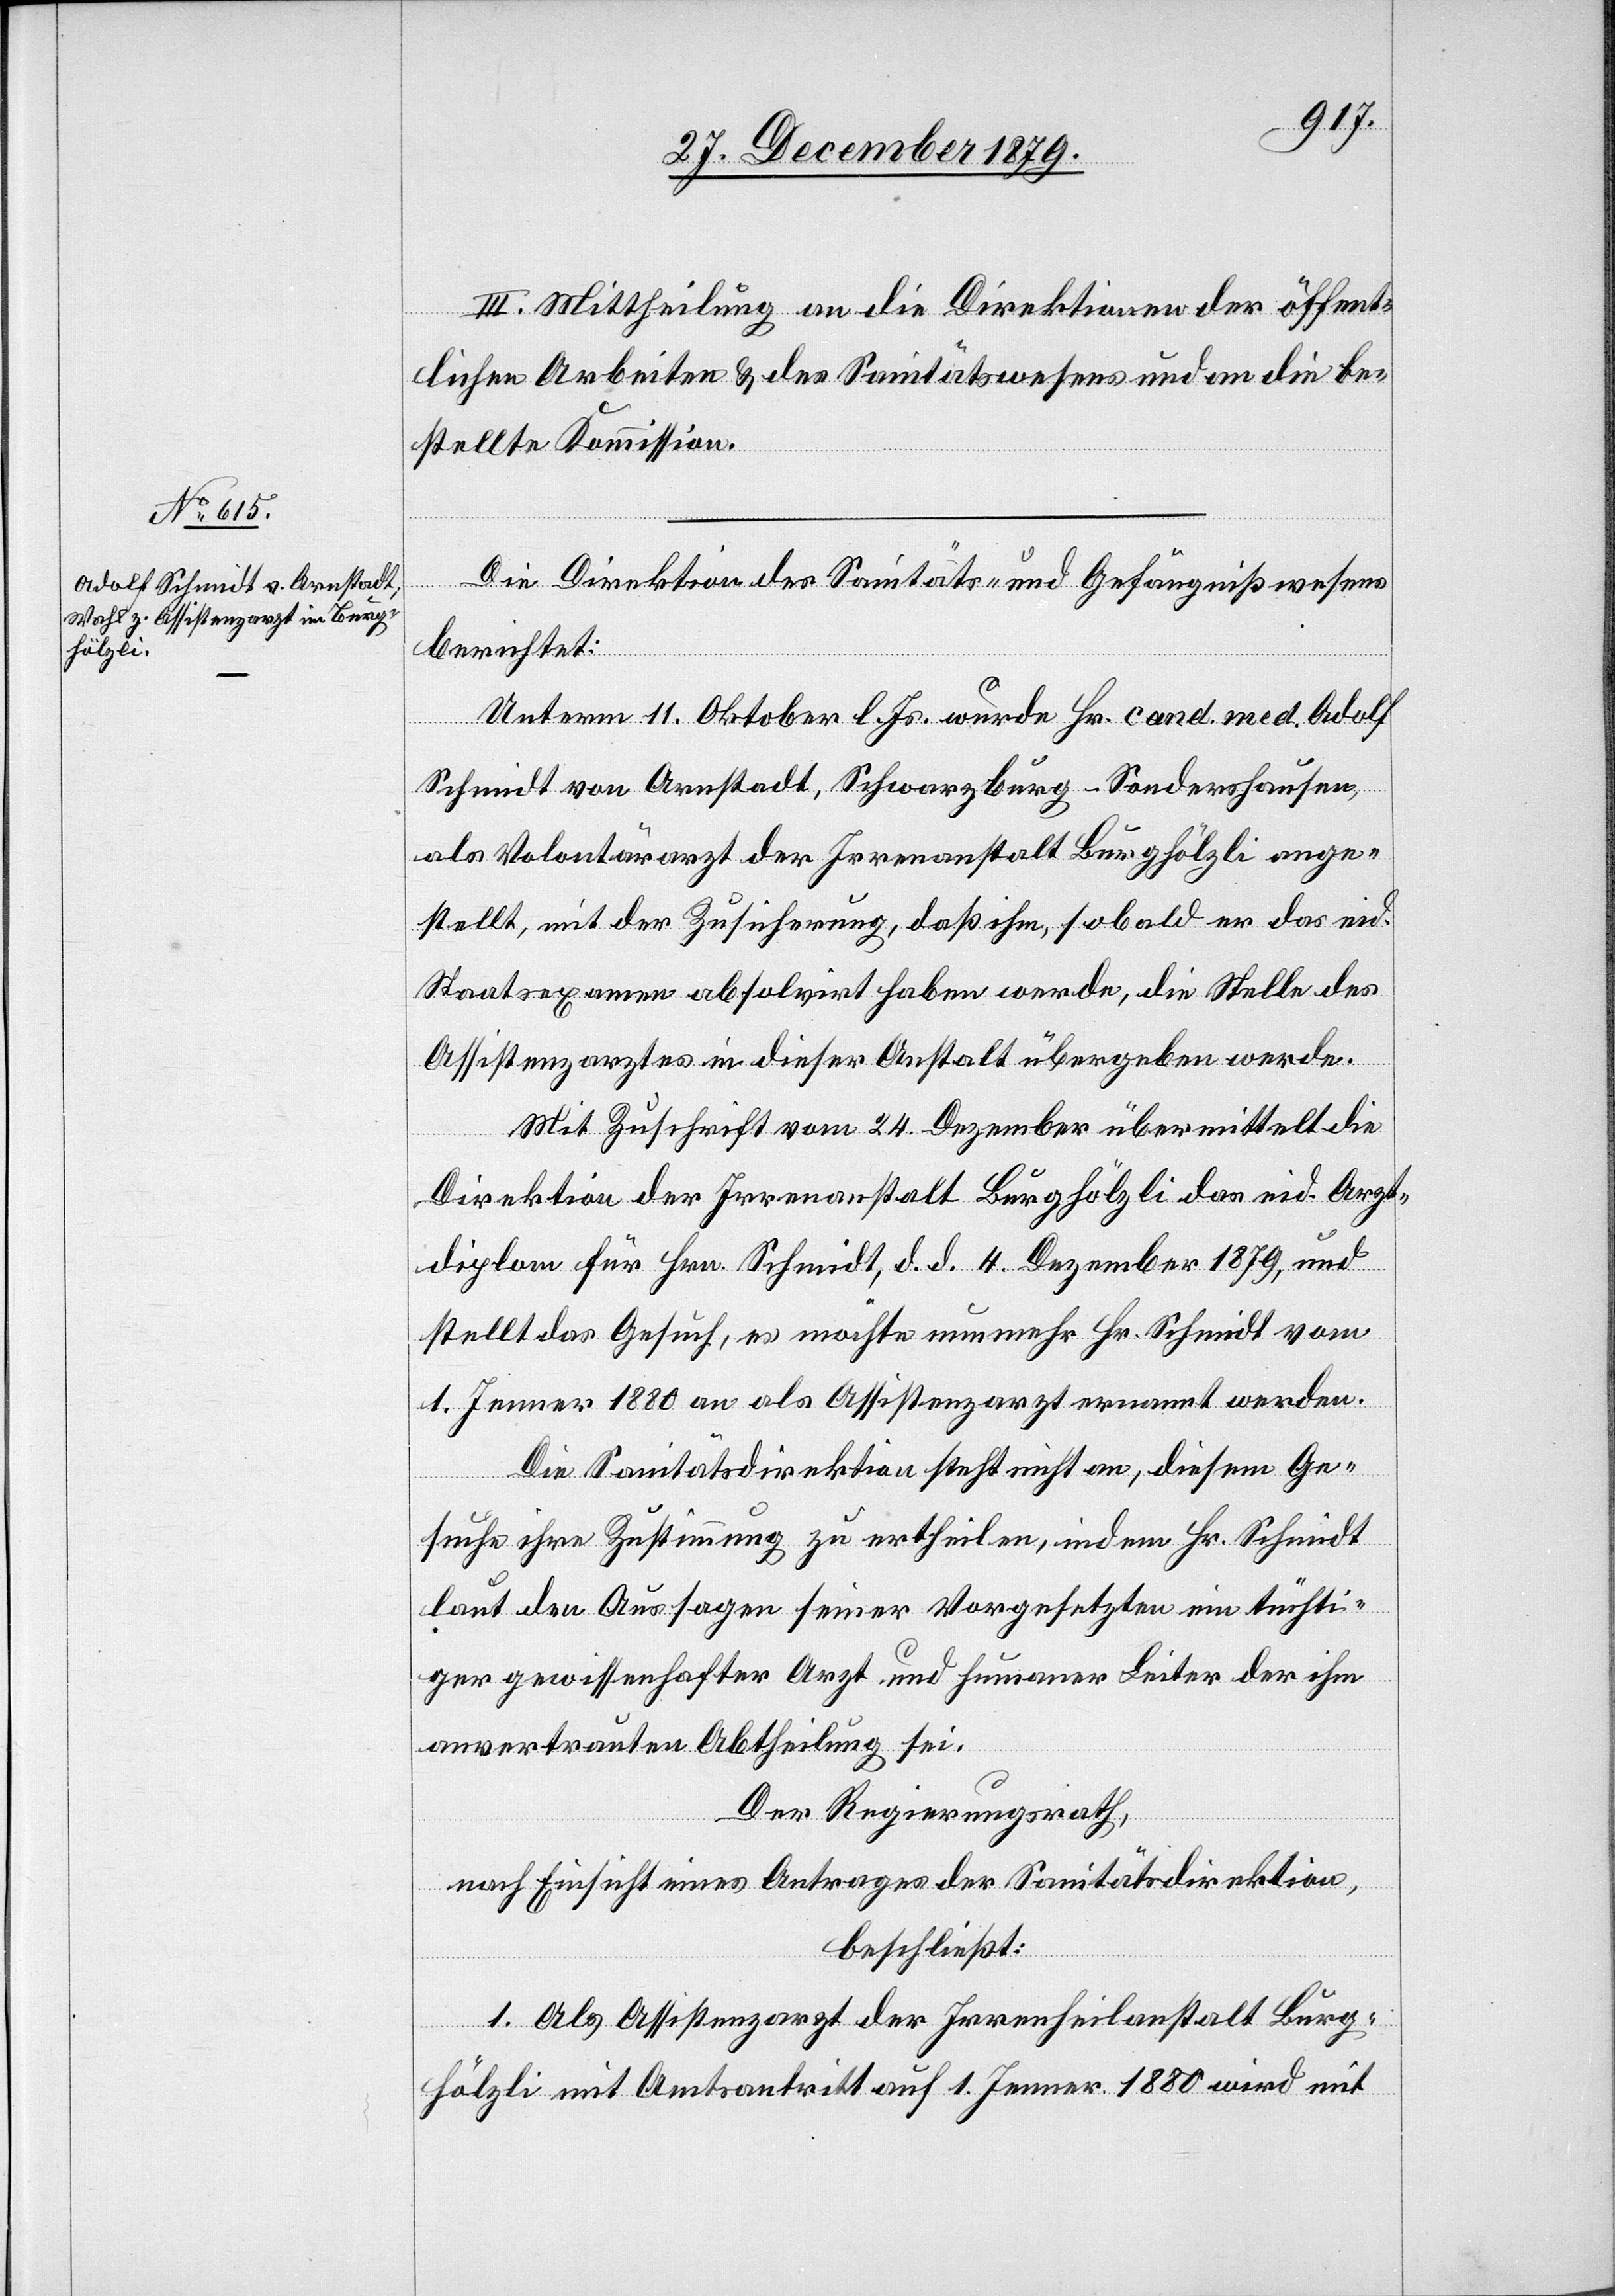
III. Mittheilung an die Direktionen der öffent¬
lichen Arbeiten & des Sanitätswesens und an die be¬
stellte Kommission.
Die Direktion des Sanitäts- und Gefängnißwesens
berichtet:
Unterm 11. Oktober l. Js. wurde Hr. cand. med. Adolf
Schmidt von Arnstadt, Schwarzburg - Sondershausen,
als Volontärarzt der Irrenheilanstalt Burghölzli ange¬
stellt, mit der Zusicherung, daß ihm, sobald er das eid.
Staatsexamen absolvirt haben werde, die Stelle des
Assistenzarztes in dieser Anstalt übergeben werde.
Mit Zuschrift vom 24. Dezember übermittelt die
Direktion der Irrenheilanstalt Burghölzli das eid. Arzt¬
diplom für Hrn. Schmidt, d. d. 4. Dezember 1879, und
stellt das Gesuch, es möchte nunmehr Hr. Schmidt vom
1. Jenner 1880 an als Assistenzarzt ernannt werden.
Die Sanitätsdirektion steht nicht an, diesem Ge¬
suche ihre Zustimmung zu ertheilen, indem Hr. Schmidt
laut den Aussagen seiner Vorgesetzten ein tüchti¬
ger gewissenhafter Arzt und humaner Leiter der ihm
anvertrauten Abtheilung sei.
Der Regierungsrath,
nach Einsicht eines Antrages der Sanitätsdirektion,
beschließt:
1. Als Assistenzarzt der Irrenheilanstalt Burg¬
hölzli mit Amtsantritt auf 1. Jenner 1880 wird mit